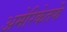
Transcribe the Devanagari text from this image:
अमेरिकेतर्फे